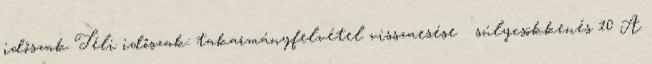
időszak Téli időszak: takarmányfelvétel visszaesése  súlycsökkenés 10 A